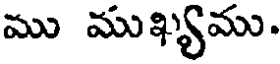
ము ముఖ్యము.